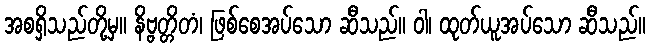
အစရှိသည်တို့မှ။ နိဗ္ဗတ္တိတံ၊ ဖြစ်စေအပ်သော ဆီသည်။ ဝါ၊ ထုတ်ယူအပ်သော ဆီသည်။